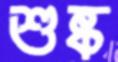
শুষ্ক